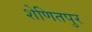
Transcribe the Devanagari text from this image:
शेणितपुर